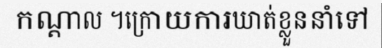
កណ្តាល ។ក្រោយការឃាត់ខ្លួននាំទៅ